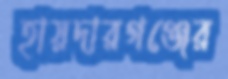
হায়দারগঞ্জের